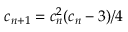
c _ { n + 1 } = c _ { n } ^ { 2 } ( c _ { n } - 3 ) / 4 \,